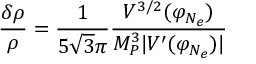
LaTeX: \frac { \delta \rho } { \rho } = \frac { 1 } { 5 \sqrt { 3 } \pi } \frac { V ^ { 3 / 2 } ( \varphi _ { N _ { e } } ) } { M _ { P } ^ { 3 } | V ^ { \prime } ( \varphi _ { N _ { e } } ) | }